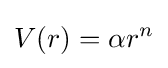
V(r)=\alpha r^{n}